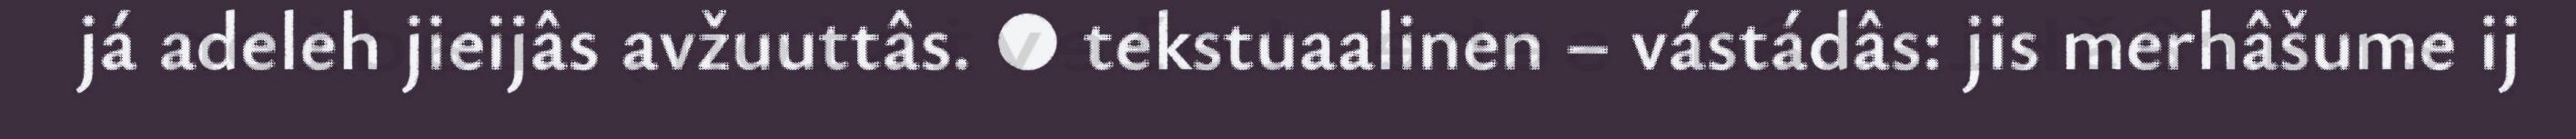
já adeleh jieijâs avžuuttâs. ● tekstuaalinen – vástádâs: jis merhâšume ij